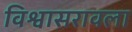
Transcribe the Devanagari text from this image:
विश्वासरावला